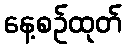
နေ့စဉ်ထုတ်